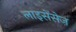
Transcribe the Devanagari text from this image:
लाइसेंसेज़